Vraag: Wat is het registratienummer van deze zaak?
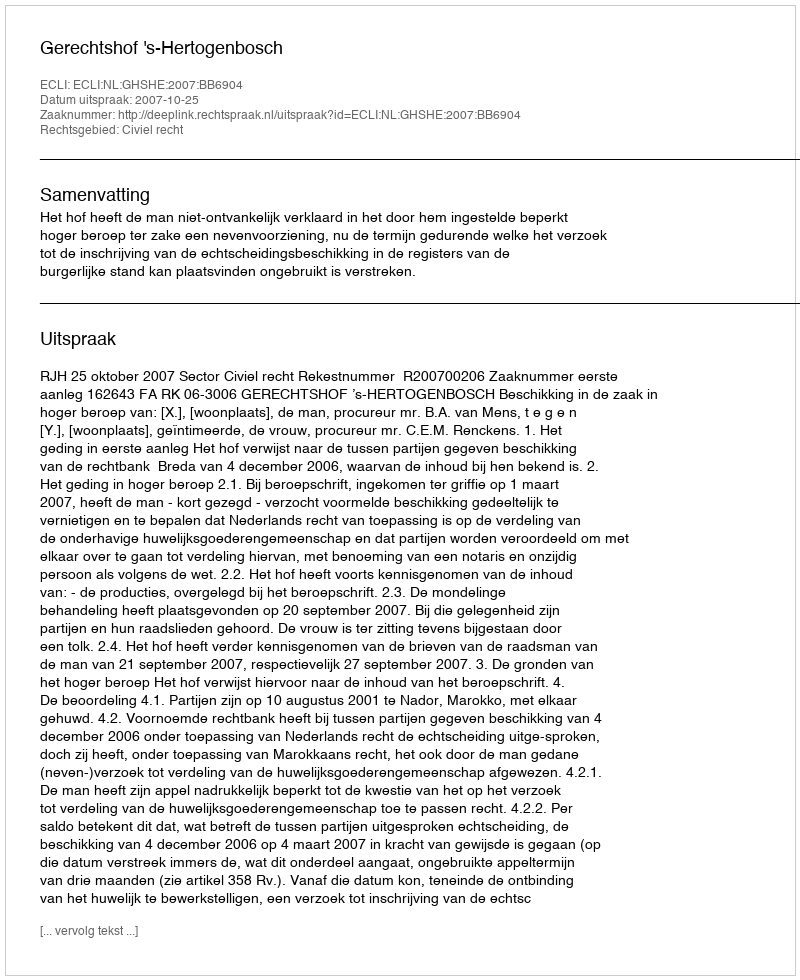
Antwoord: http://deeplink.rechtspraak.nl/uitspraak?id=ECLI:NL:GHSHE:2007:BB6904